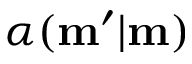
\alpha ( \mathbf { m } ^ { \prime } | \mathbf { m } )